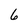
Character: 6